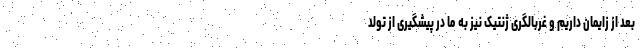
بعد از زایمان داریم و غربالگری ژنتیک نیز به ما در پیشگیری از تولد